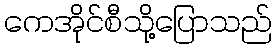
ကေအိုင်စီသို့ပြောသည်